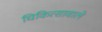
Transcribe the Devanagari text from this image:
चिकित्सावाले